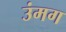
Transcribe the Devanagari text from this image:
उंमग